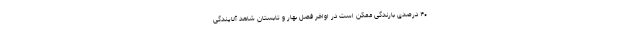
۴۰ درصدی بارندگی ممکن است در اواخر فصل بهار و تابستان شاهد آلایندگی